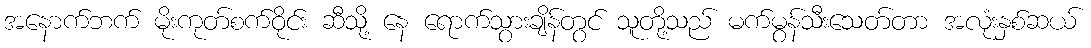
အနောက်ဘက် မိုးကုတ်စက်ဝိုင်း ဆီသို့ နေ ရောက်သွားချိန်တွင် သူတို့သည် မက်မွန်သီးသေတ်တာ အလုံးနှစ်ဆယ်